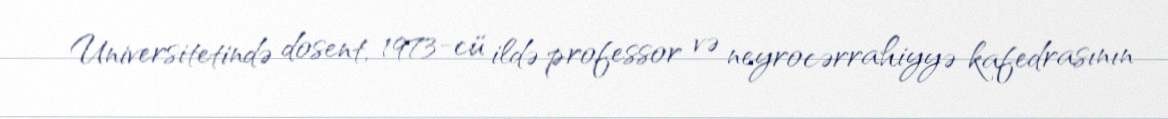
Universitetində dosent, 1973-cü ildə professor və neyrocərrahiyyə kafedrasının